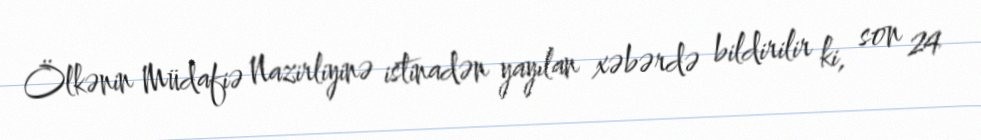
Ölkənin Müdafiə Nazirliyinə istinadən yayılan xəbərdə bildirilir ki, son 24